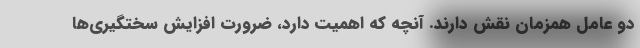
دو عامل همزمان نقش دارند. آنچه که اهمیت دارد، ضرورت افزایش سختگیری‌ها